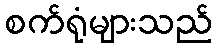
စက်ရုံများသည်